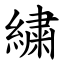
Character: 繍